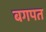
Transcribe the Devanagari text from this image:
बगपत